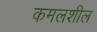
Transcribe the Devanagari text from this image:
कमलशील